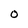
Character: 0